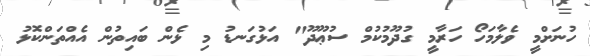
ހުނަށްމީ ވެލާމަހޯ ހަރާމީ ގުދޫމުކުމް ސުޢޫދޫ" އަޅުގަނޑު މި ޅެން ބައިތުން އެއްތަންކޮޅު